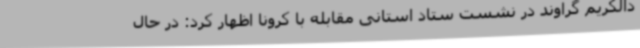
دالکریم گراوند در نشست ستاد استانی مقابله با کرونا اظهار کرد: در حال